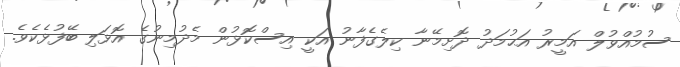
ސުމުއްވުލް އަމީރު އަޙުމަދު ދޮށިމޭނާ ކިލެގެފާނު އަކީ އިސްކޮޅުން މެދުމިނުގެ އޮޅަލި ބޭފުޅެކެވެ.